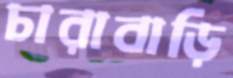
চারাবাড়ি